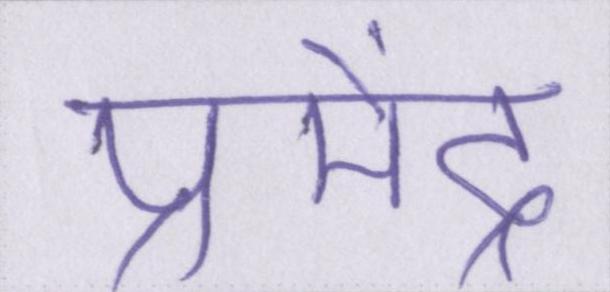
प्रमेंद्र